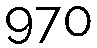
970